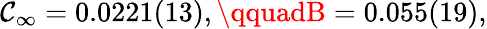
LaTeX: \mathcal{C}_{\infty}=0.0221(13),\qquadB=0.055(19),